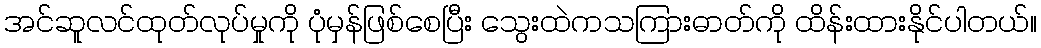
အင်ဆူလင်ထုတ်လုပ်မှုကို ပုံမှန်ဖြစ်စေပြီး သွေးထဲကသကြားဓာတ်ကို ထိန်းထားနိုင်ပါတယ်။